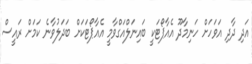
އަދި ދާދި އަވަހަށް ހަނިމާދޫ އެެއާޕޯޓަކީ ބައިނަލްއަގްވާމީ އެއާޕޯޓަކަށް ބަދަލުވާނެ ކަމަށް ރައީސް